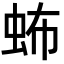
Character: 𧉩